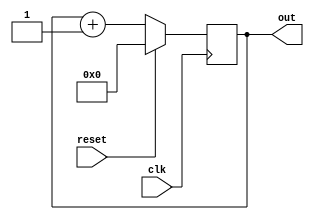
module counter(out, clk, reset);

	parameter WIDTH = 27;

	output [WIDTH - 1 : 0] out;
	input	       clk, reset;

	reg [WIDTH - 1 : 0]   out;
	wire	       clk, reset;

	always @(posedge clk)
		if (reset)
			out <= 0;
		else
			out <= out + 1;

endmodule /* counter */